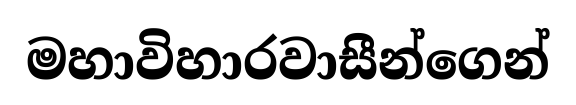
මහාවිහාරවාසීන්ගෙන්